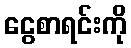
ငွေစာရင်းကို